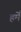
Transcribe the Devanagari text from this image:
हमे॑